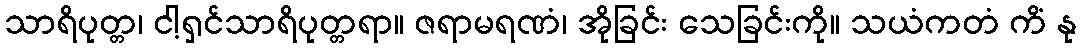
သာရိပုတ္တ၊ ငါ့ရှင်သာရိပုတ္တရာ။ ဇရာမရဏံ၊ အိုခြင်း သေခြင်းကို။ သယံကတံ ကိံ နု